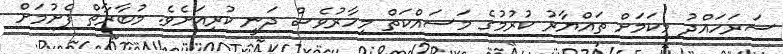
ސަރަހައްދު މިކަމަށް ތައްޔާރު ކުރުމުގެ މަސައްކަތް މިހާރުވެސް ދަނީ ކުރިއަށެވެ. މުބާރާތް ފެށުމަށް